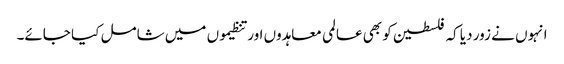
انہوں نے زور دیا کہ فلسطین کو بھی عالمی معاہدوں اور تنظیموں میں شامل کیا جائے۔